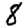
Digit: 8